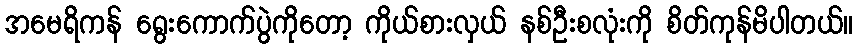
အမေရိကန် ရွေးကောက်ပွဲကိုတော့ ကိုယ်စားလှယ် နစ်ဦးစလုံးကို စိတ်ကုန်မိပါတယ်။